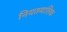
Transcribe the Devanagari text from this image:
नियतमालिक